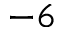
^ { - 6 }